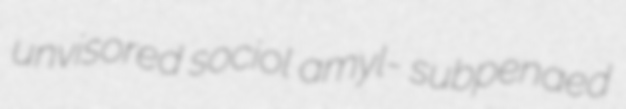
unvisored sociol amyl- subpenaed